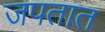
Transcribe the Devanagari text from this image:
जपतात